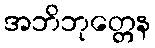
အဘိဘုတ္တေန